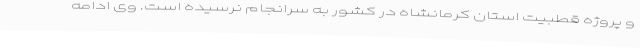
و پروژه قطبیت استان کرمانشاه در کشور به سرانجام نرسیده است. وی ادامه